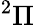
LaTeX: ^2\Pi